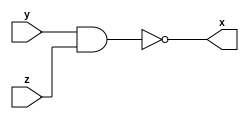
module nandx (x,y,z);
	output x;
	input y,z;
	assign x = y ~& z ;
endmodule

module andx (x,y,z);
	output x;
	input y,z;
	assign x = y & z ;
endmodule

module orx (x,y,z);
	output x;
	input y,z;
	assign x = y | z ;
endmodule


module test;
	reg A,B;
	wire C;
      reg L,M;
      wire N;
      reg P,Q;
      wire R;
	nandx S1(C,A,B);
      andx S2(N,L,M);
      orx S3(R,P,Q);
	initial
		begin
			A = 1'b0; B = 1'b0; 
      		#50 $display($time,":Delay A = %b, B = %b, NAND output C = %b\n", A, B, C);
      		A = 1'b0; B = 1'b1 ;
      		#50 $monitor($time, ":Delay A = %b, B = %b, NAND output C = %b\n", A, B, C);
      		A = 1'b1; B = 1'b0;
      		#50 $monitor($time, ":Delay A = %b, B = %b, NAND output C = %b\n", A, B, C);
      		A = 1'b1; B = 1'b1;
      		#50 $monitor($time, ":Delay A = %b, B = %b, NAND output C = %b\n", A, B, C);
                  L = 1'b0; M = 1'b0; 
                  #50 $monitor($time, ":Delay L = %b, M = %b, AND output N = %b\n", L, M, N);
                  L = 1'b0; M = 1'b1 ;
                  #50 $monitor($time, ":Delay L = %b, M = %b, AND output N = %b\n", L, M, N);
                  L = 1'b1; M = 1'b0;
                  #50 $monitor($time, ":Delay L = %b, M = %b, AND output N = %b\n", L, M, N);
                  L = 1'b1; M = 1'b1; 
                  #50 $monitor($time, ":Delay L = %b, M = %b, AND output N = %b\n", L, M, N);
                  P = 1'b0; Q = 1'b0; 
                  #50 $monitor($time, ":Delay P = %b, Q = %b, OR output R = %b\n", P, Q, R);
                  P = 1'b0; Q = 1'b1 ;
                  #50 $monitor($time, ":Delay P = %b, Q = %b, OR output R = %b \n", P, Q, R);
                  P = 1'b1; Q = 1'b0;
                  #50 $monitor($time, ":Delay P = %b, Q = %b, OR output R = %b\n", P, Q, R);
                  P = 1'b1; Q = 1'b1;
                  #50 $monitor($time, ":Delay P = %b, Q = %b, OR output R = %b\n", P, Q, R);
      		
    	end
endmodule